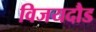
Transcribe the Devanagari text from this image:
विजयदौड